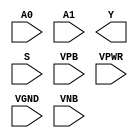
module sky130_fd_sc_ms__mux2i (
    //# {{data|Data Signals}}
    input  A0  ,
    input  A1  ,
    output Y   ,

    //# {{control|Control Signals}}
    input  S   ,

    //# {{power|Power}}
    input  VPB ,
    input  VPWR,
    input  VGND,
    input  VNB
);
endmodule